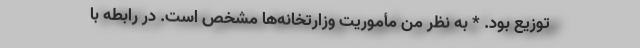
توزیع بود. * به نظر من مأموریت وزارتخانه‌ها مشخص است. در رابطه با